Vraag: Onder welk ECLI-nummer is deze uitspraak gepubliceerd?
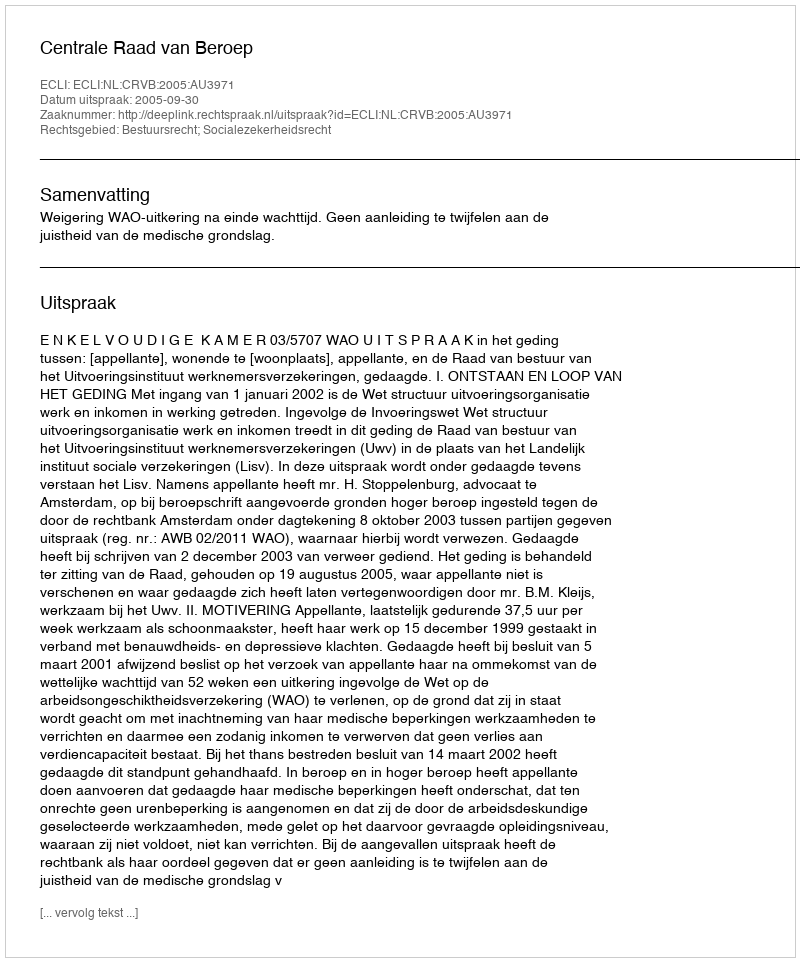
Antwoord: ECLI:NL:CRVB:2005:AU3971